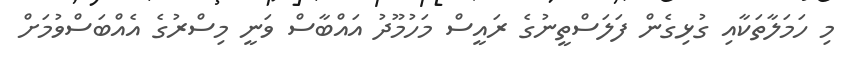
މި ހަމަލާތަކާއި ގުޅިގެން ފަލަސްތީނުގެ ރައީސް މަހުމޫދު އައްބާސް ވަނީ މިސްރުގެ އެއްބަސްވުމަށް